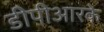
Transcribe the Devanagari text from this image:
डीपीआरके